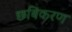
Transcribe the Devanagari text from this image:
छबिकरण